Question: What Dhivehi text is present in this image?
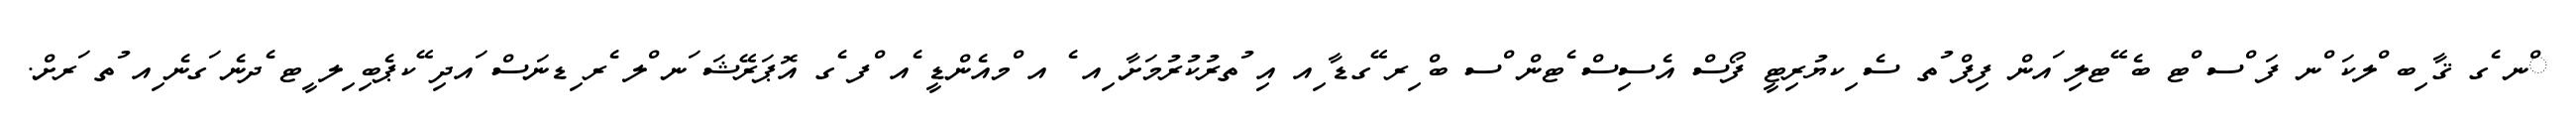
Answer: ްނ ެގ ޤާ ިބ ްލކަ ްނ ފަ ްސ ްޓ ބެ ޭޓލި ައން ފިފް ުތ ސެ ިކޔުރިޓީ ފޯސް އެސިސް ެޓން ްސ ބް ިރ ޭގޑާ ިއ އި ުތރުކުރުމަށާ ިއ ެ އ ްމއެންޑީ ެއ ްފ ެގ އޮޕަރޭޝަ ަނ ްލ ެރ ިޑނަސް ައދި ޭކޕެބި ިލ ީޓ ެދނެ ަގނެ ިއ ުތ ަރށް.